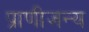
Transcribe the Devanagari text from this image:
प्राणीजन्य